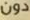
دون